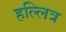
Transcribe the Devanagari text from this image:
हल्लित्र